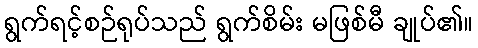
ရွက်ရင့်စဉ်ရုပ်သည် ရွက်စိမ်း မဖြစ်မီ ချုပ်၏။